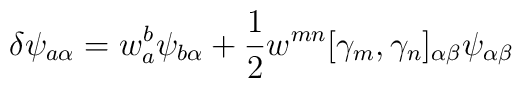
\delta\psi_{a\alpha} = w_a^b\psi_{b\alpha} + \frac{1}{2} w^{mn}[\gamma_m,\gamma_n]_{\alpha\beta} \psi_{\alpha\beta}